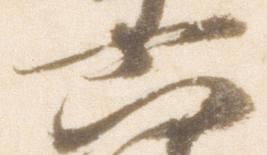
六